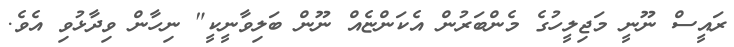
ރައީސް ނޫނީ މަޖިލީހުގެ މެންބަރުން އެކަންޏެއް ނޫން ބަލިވާނީކީ" ނިހާން ވިދާޅުވި އެވެ.